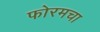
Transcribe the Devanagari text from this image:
फोरमचा